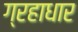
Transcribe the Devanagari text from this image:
ग्रहाधार